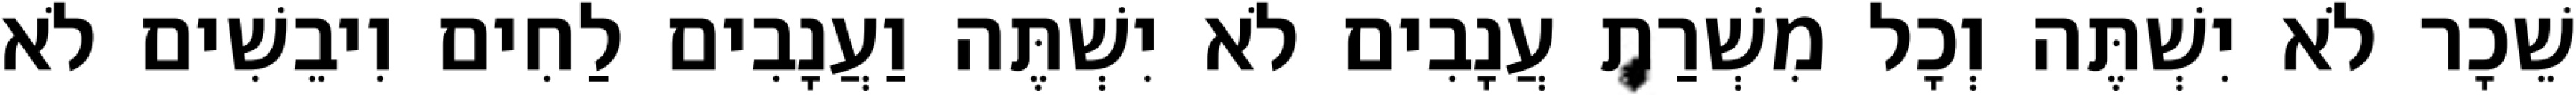
שֵׁכָר לֹא יִשְׁתֶּה וְכָל מִשְׁרַת עֲנָבִים לֹא יִשְׁתֶּה וַעֲנָבִים לַחִים וִיבֵשִׁים לֹא